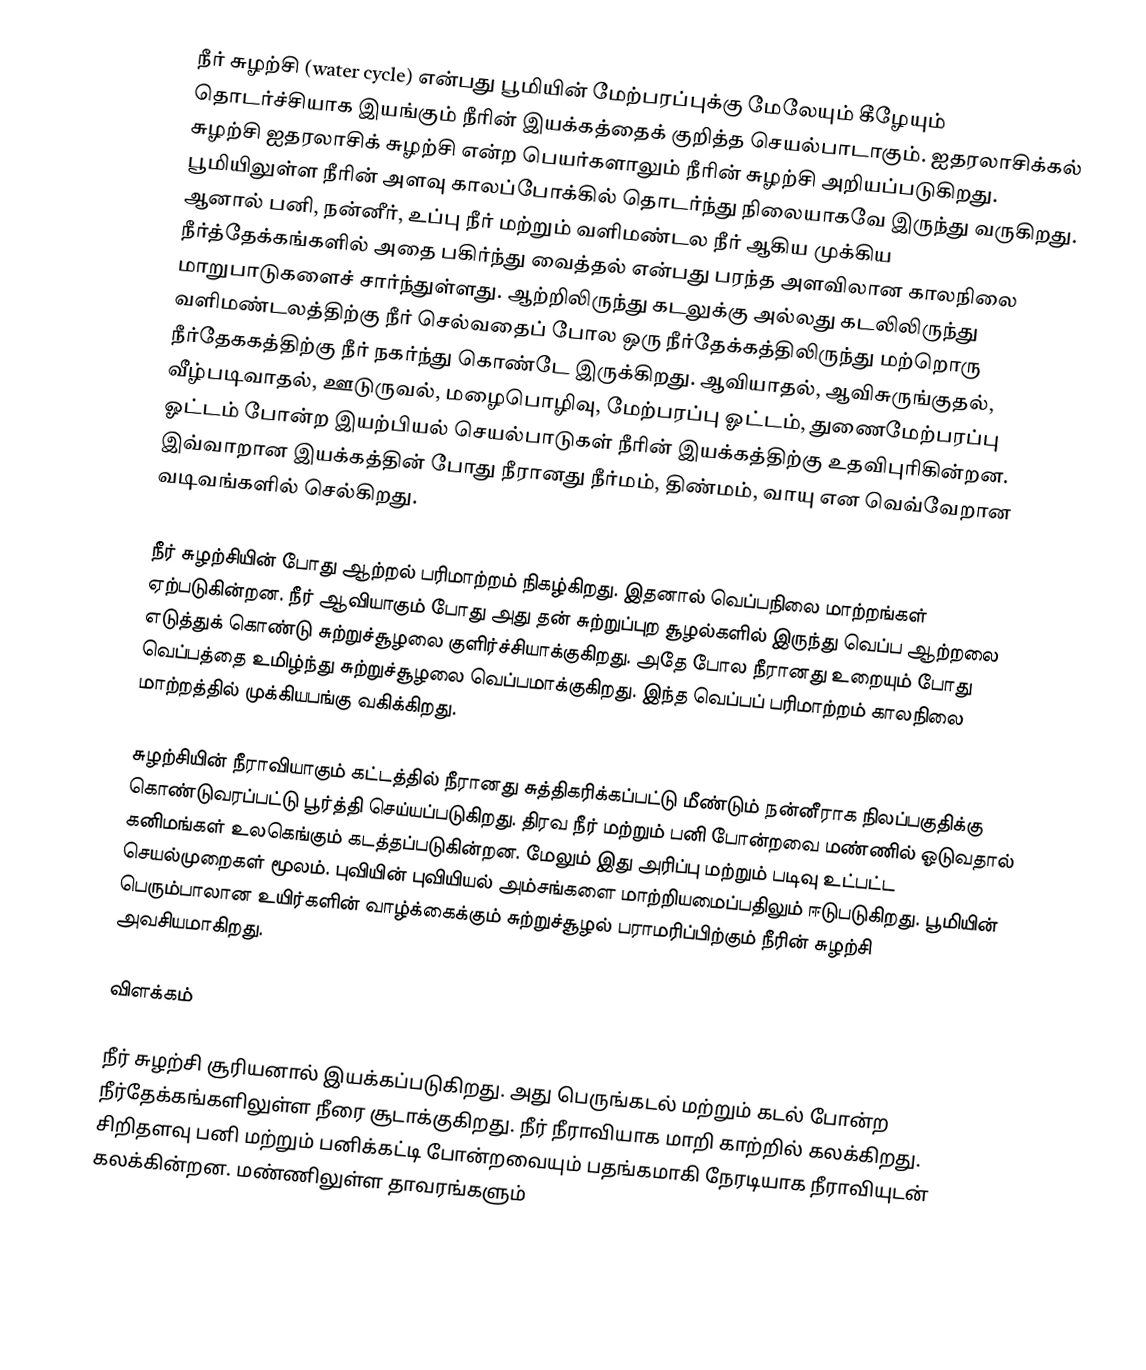
நீர் சுழற்சி (water cycle) என்பது பூமியின் மேற்பரப்புக்கு மேலேயும் கீழேயும்  தொடர்ச்சியாக  இயங்கும் நீரின் இயக்கத்தைக் குறித்த செயல்பாடாகும். ஐதரலாசிக்கல் சுழற்சி ஐதரலாசிக் சுழற்சி என்ற பெயர்களாலும் நீரின் சுழற்சி அறியப்படுகிறது. பூமியிலுள்ள நீரின் அளவு காலப்போக்கில் தொடர்ந்து நிலையாகவே இருந்து வருகிறது. ஆனால் பனி, நன்னீர், உப்பு நீர் மற்றும் வளிமண்டல நீர் ஆகிய முக்கிய நீர்த்தேக்கங்களில் அதை பகிர்ந்து வைத்தல் என்பது பரந்த அளவிலான காலநிலை மாறுபாடுகளைச் சார்ந்துள்ளது. ஆற்றிலிருந்து கடலுக்கு அல்லது கடலிலிருந்து வளிமண்டலத்திற்கு நீர் செல்வதைப் போல ஒரு நீர்தேக்கத்திலிருந்து மற்றொரு நீர்தேககத்திற்கு நீர் நகர்ந்து கொண்டே இருக்கிறது. ஆவியாதல், ஆவிசுருங்குதல், வீழ்படிவாதல், ஊடுருவல், மழைபொழிவு, மேற்பரப்பு ஓட்டம், துணைமேற்பரப்பு ஓட்டம் போன்ற இயற்பியல் செயல்பாடுகள் நீரின் இயக்கத்திற்கு உதவிபுரிகின்றன. இவ்வாறான இயக்கத்தின் போது நீரானது நீர்மம், திண்மம், வாயு என வெவ்வேறான வடிவங்களில் செல்கிறது.

நீர் சுழற்சியின் போது ஆற்றல் பரிமாற்றம் நிகழ்கிறது. இதனால் வெப்பநிலை மாற்றங்கள் ஏற்படுகின்றன. நீர் ஆவியாகும் போது அது தன் சுற்றுப்புற சூழல்களில் இருந்து வெப்ப ஆற்றலை எடுத்துக் கொண்டு சுற்றுச்சூழலை குளிர்ச்சியாக்குகிறது. அதே போல நீரானது உறையும் போது வெப்பத்தை உமிழ்ந்து சுற்றுச்சூழலை வெப்பமாக்குகிறது. இந்த வெப்பப் பரிமாற்றம் காலநிலை மாற்றத்தில் முக்கியபங்கு வகிக்கிறது.

சுழற்சியின் நீராவியாகும் கட்டத்தில் நீரானது  சுத்திகரிக்கப்பட்டு மீண்டும் நன்னீராக நிலப்பகுதிக்கு கொண்டுவரப்பட்டு பூர்த்தி செய்யப்படுகிறது. திரவ நீர் மற்றும் பனி போன்றவை  மண்ணில் ஓடுவதால் கனிமங்கள் உலகெங்கும் கடத்தப்படுகின்றன. மேலும் இது அரிப்பு மற்றும் படிவு உட்பட்ட செயல்முறைகள் மூலம். புவியின் புவியியல் அம்சங்களை மாற்றியமைப்பதிலும் ஈடுபடுகிறது. பூமியின் பெரும்பாலான உயிர்களின் வாழ்க்கைக்கும் சுற்றுச்சூழல் பராமரிப்பிற்கும் நீரின் சுழற்சி அவசியமாகிறது.

விளக்கம்

நீர் சுழற்சி சூரியனால் இயக்கப்படுகிறது. அது பெருங்கடல் மற்றும் கடல் போன்ற நீர்தேக்கங்களிலுள்ள நீரை சூடாக்குகிறது. நீர் நீராவியாக மாறி காற்றில் கலக்கிறது. சிறிதளவு பனி மற்றும் பனிக்கட்டி போன்றவையும் பதங்கமாகி நேரடியாக நீராவியுடன் கலக்கின்றன. மண்ணிலுள்ள தாவரங்களும்